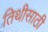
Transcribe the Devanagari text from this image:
तिथीसाठी